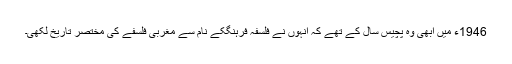
1946ء میں ابھی وہ پچیس سال کے تھے کہ انہوں نے فلسفہ فرہنگکے نام سے مغربی فلسفے کی مختصر تاریخ لکھی۔